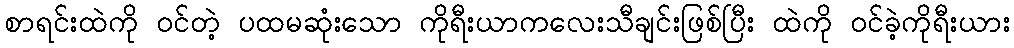
စာရင်းထဲကို ဝင်တဲ့ ပထမဆုံးသော ကိုရီးယာကလေးသီချင်းဖြစ်ပြီး ထဲကို ဝင်ခဲ့ကိုရီးယား